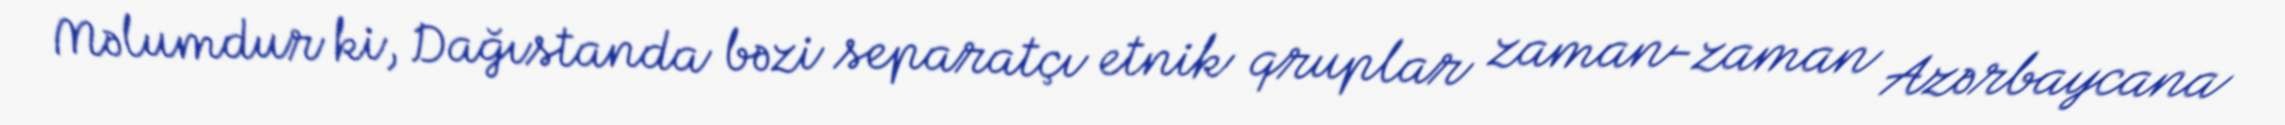
Məlumdur ki, Dağıstanda bəzi separatçı etnik qruplar zaman-zaman Azərbaycana